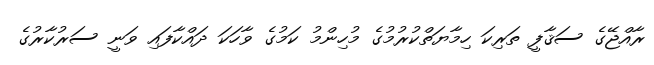
ރާއްޖޭގެ ސަޤާފީ ތަރިކަ ހިމާޔަތްކުރުމުގެ މުހިންމު ކަމުގެ ވާހަކަ ދައްކާފައި ވަނީ ސަރުކާރުގެ